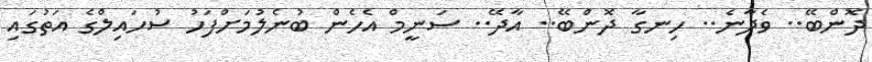
ދޮންބޭ.. ވެދާނެ.. ހިނގާ ދޮންބޭ.. އާދޭ.. ސަނީމް އެހެން ބުނެލުމަށްފަހު ސުހައިލްގެ އަތުގައި